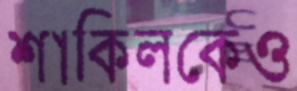
শাকিলকেও